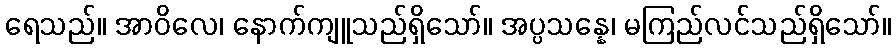
ရေသည်။ အာဝိလေ၊ နောက်ကျူသည်ရှိသော်။ အပ္ပသန္နေ၊ မကြည်လင်သည်ရှိသော်။